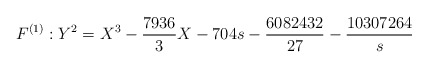
\begin{align*} F^{(1)} : Y^2= X^3 - \frac{7936}{3}X - 704 s -\frac{6082432}{27} - \frac{10307264}{s}\end{align*}